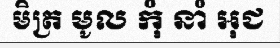
មិត្រ មូល កុំ នាំ អុជ